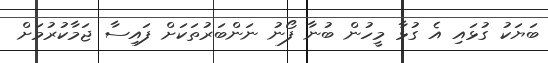
ބަޔަކު ގުޅައި އެ ގުޅާ މީހުން ބުނާ ފޯނު ނަންބަރުތަކަށް ފައިސާ ޖަމާކުރުމަށް